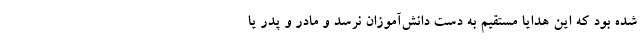
شده بود که این هدایا مستقیم به دست دانش‌آموزان نرسد و مادر و پدر یا